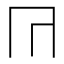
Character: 𭁟